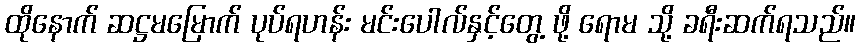
ထိုနောက် ဆဋ္ဌမမြောက် ပုပ်ရဟန်း မင်းပေါလ်နှင့်တွေ့ ဖို့ ရောမ သို့ ခရီးဆက်ရသည်။